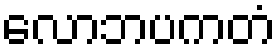
လောဘပကတံ